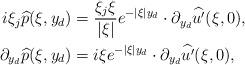
LaTeX: \begin{align*}i\xi_j \widehat{p}(\xi,y_d) & = \frac{\xi_j \xi}{|\xi|} e^{-|\xi|y_d} \cdot \partial_{y_d} \widehat{u'}(\xi,0),\\\partial_{y_d} \widehat{p} (\xi,y_d) & = i\xi e^{-|\xi| y_d} \cdot \partial_{y_d} \widehat{u'} (\xi,0),\end{align*}